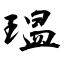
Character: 瑥